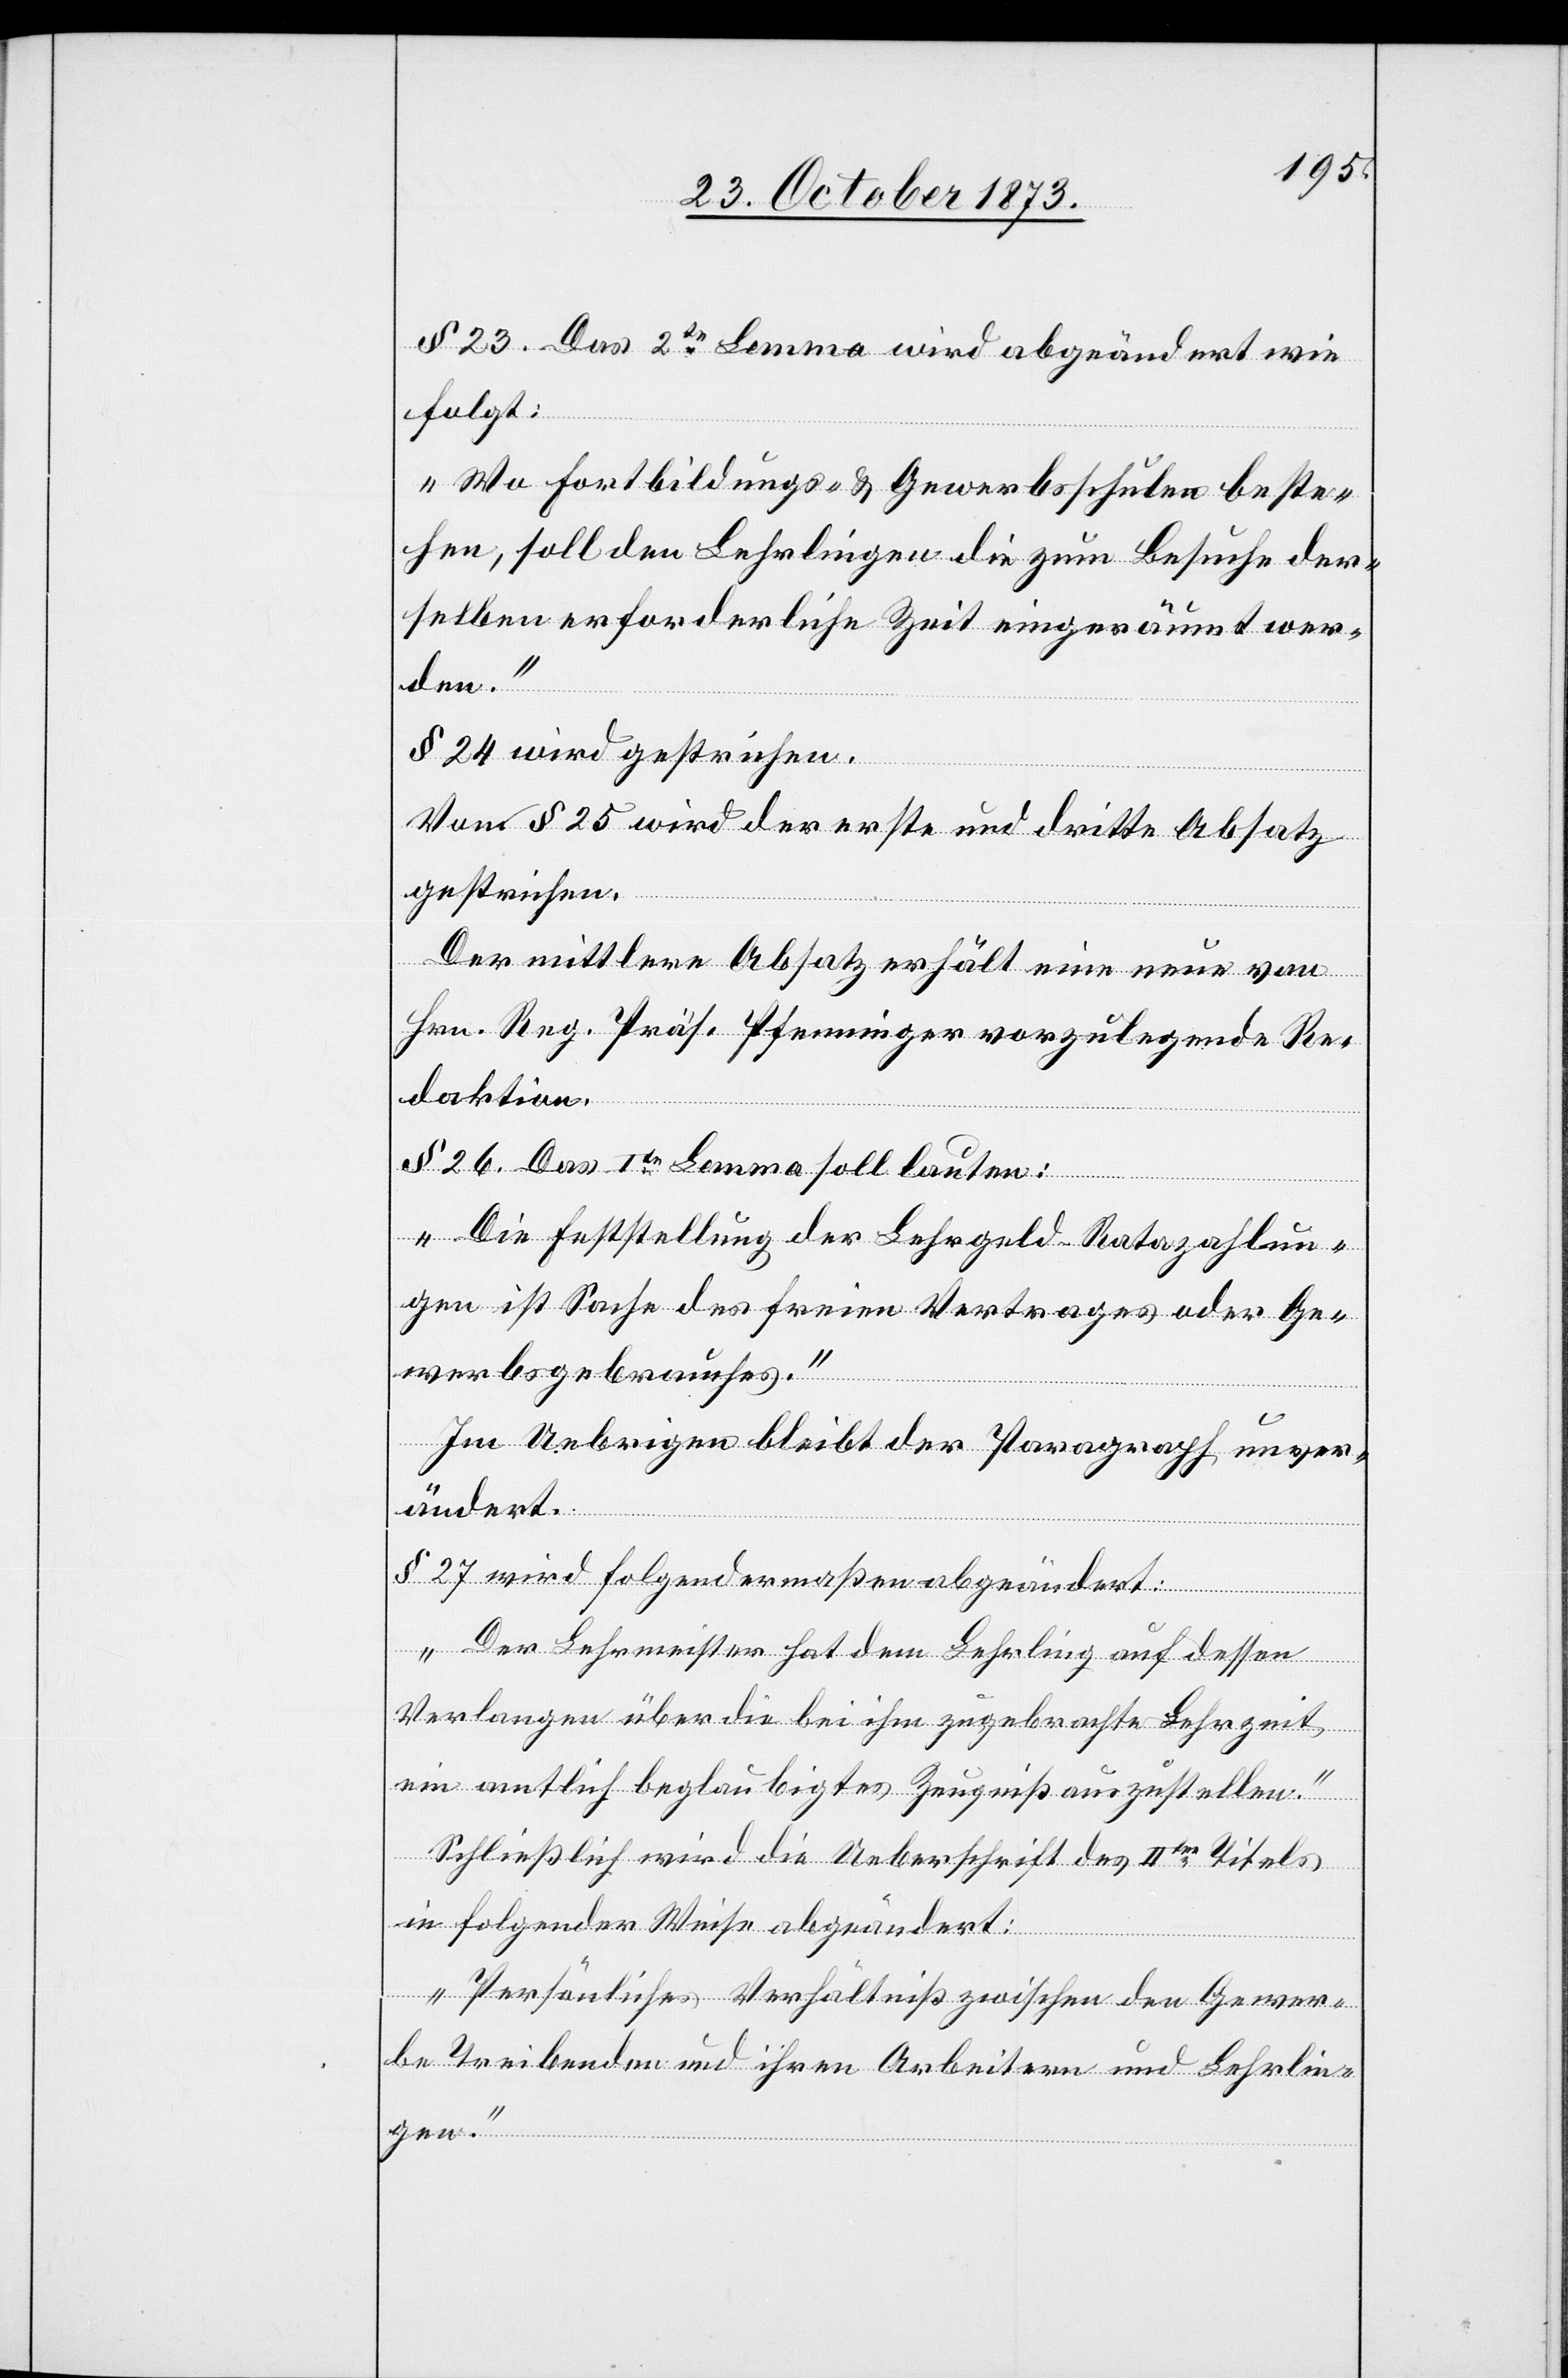
§ 23. Das 2te Lemma wird abgeändert wie
folgt:
„Wo Fortbildungs- & Gewerbsschulen beste¬
hen, soll den Lehrlingen die zum Besuche der¬
selben erforderliche Zeit eingeräumt wer¬
den.“
§ 24 wird gestrichen.
Von § 25 wird der erste und dritte Absatz
gestrichen.
Der mittlere Absatz erhält eine neue von
Hrn. Reg. Präs. Pfenninger vorzulegende Re¬
daktion.
§ 26. Das Ite Lemma soll lauten:
„Die Feststellung der Lehrgeld-Ratazahlun¬
gen ist Sache des freien Vertrages oder Ge¬
werbsgebrauches.“
Im Uebrigen bleibt der Paragraph unver¬
ändert.
§ 27 wird folgendermaßen abgeändert:
„Der Lehrmeister hat dem Lehrling auf dessen
Verlangen über die bei ihm zugebrachte Lehrzeit
ein amtlich beglaubigtes Zeugniß auszustellen.“
Schließlich wird die Ueberschrift des IIten Titels
in folgender Weise abgeändert:
„Persönliches Verhältniß zwischen den Gewer¬
be Treibenden und ihren Arbeitern und Lehrlin¬
gen.“